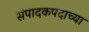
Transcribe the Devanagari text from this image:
संपादकपदाच्या